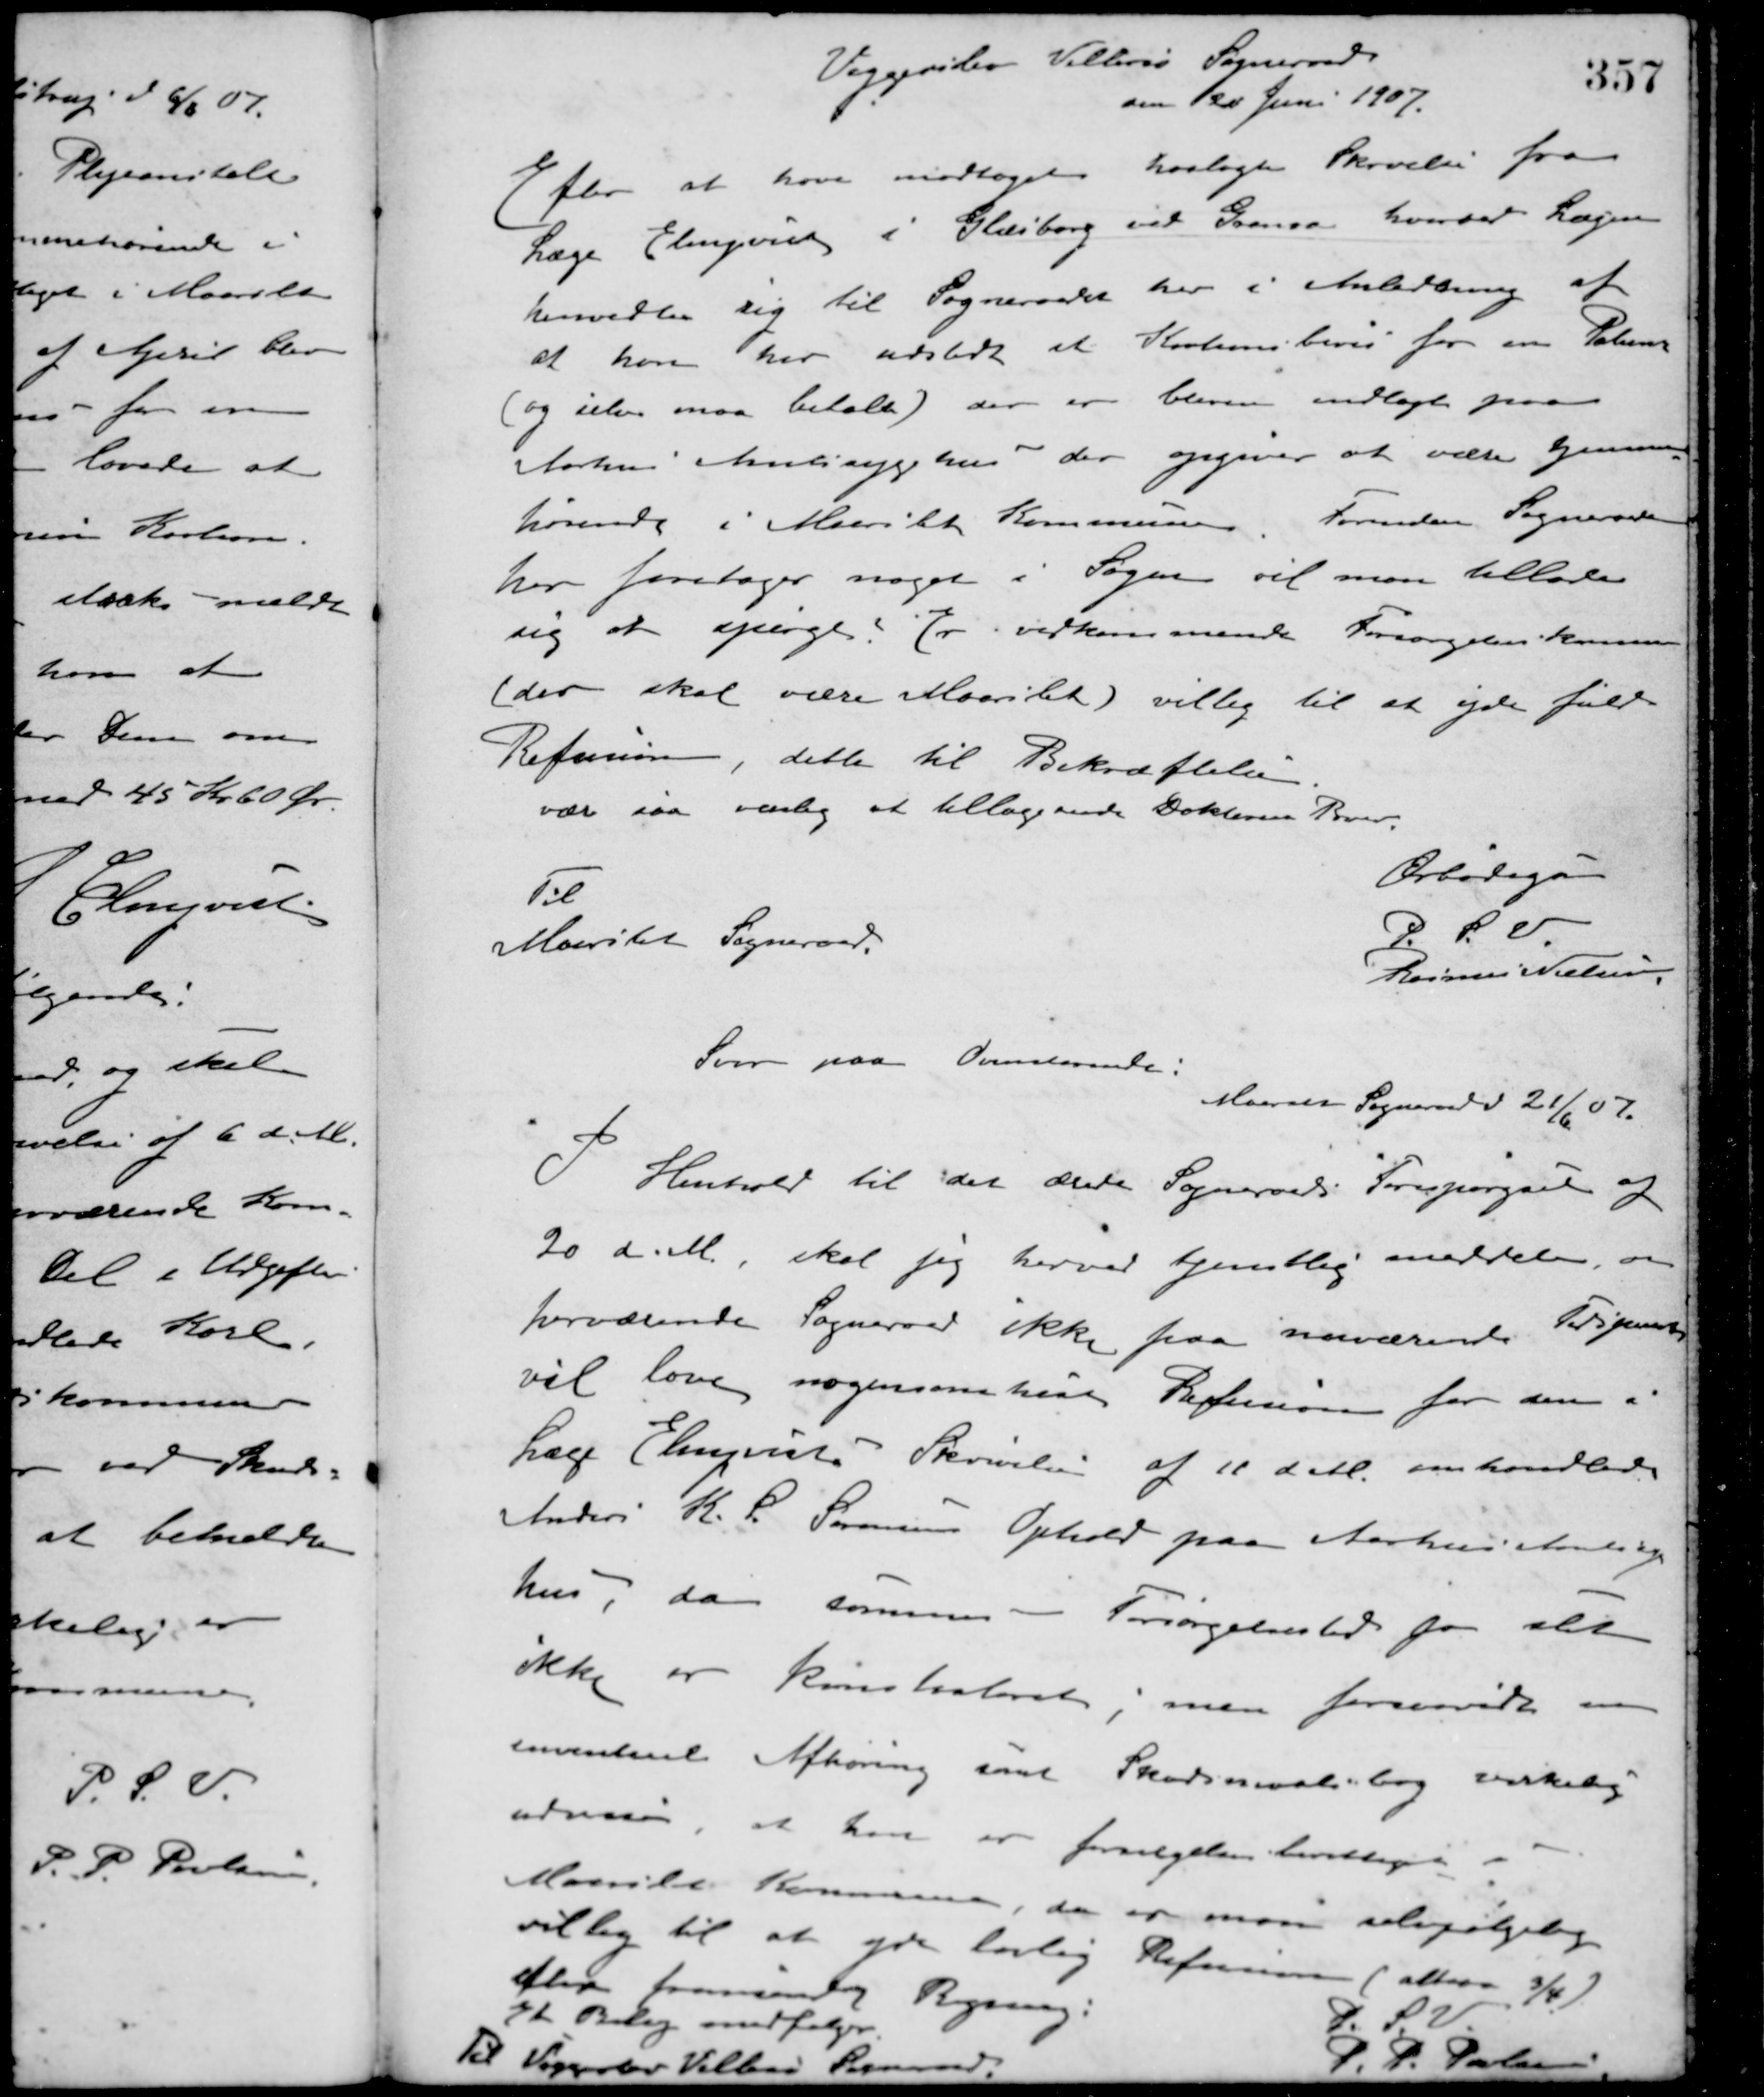
Transskription:
Veggerslev Villersø Sogneraad
den 20 Juni 1907.
Efter at have modtaget hoslagte Skrivelse fra
Læge Elmquist i Glæsborg ved Grenaa, hvorved Lægen
henvedte sig til Sogneraadet her i Anledning af
at han har udstedt et Kautionsbevis for en Patient
(og selv maa betale) der er bleven indlagt paa
Aarhus Amtssygehus - der opgiver at være hjemme-
hørende i Maarslet Kommune. Forinden Sogneraadet
her foretager noget i Sagen vil man tillade
sig at spørge: Er vedkommende Forsørgelseskommune
(der skal være Maarslet) villig til at yde fuld
Refusion, dette til Bekræftelse.
vær saa venlig at tilbagesende Doktorens Brev.
Ærbødigst
P. S. V.
Rasmus Nielsen
Til
Maarslet Sogneraad
Svar paa Ovensterende:
Maarslet Sogneraad d 21/6 07.
I Henhold til det Ærede Sogneraads Forespørgsel af
20 d. M., skal jeg herved tjenstlig meddele om
herværende Sogneraad ikke paa nuværende Tidspunkt
vil love nogensomhelst Refusion for den i
Læge Elmquists Skrivelse af 11 d. M. omhandlede
Anders K. P. Sørensens Ophold paa Aarhus Amtssyge-
hus, da sammes - Forsørgelsessted jo altsaa
ikke er konstateret, men fremsende en
eventuel Afhøring samt Skudsmaalsbog virkelig
udvise, at han er forsørgelsesberettiget i
Maarslet Kommune, da er man selvfølgelig
villig til at yde lovlig Refusion (altsaa 3/4)
efter fremsendt Regning.
Et Bilag medfølger.
P. S. V.
P. P. Poulsen
Til Veggerslev Villersø Sogneraad